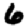
Digit: 6